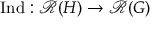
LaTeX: { \mathrm { I n d } } : { \mathcal { R } } ( H ) \to { \mathcal { R } } ( G )